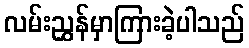
လမ်းညွှန်မှာကြားခဲ့ပါသည်